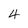
Character: 4